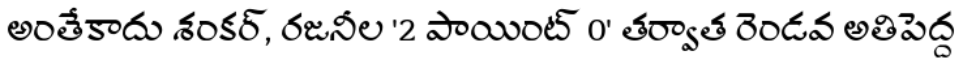
అంతేకాదు శంకర్, రజనీల '2 పాయింట్ 0' తర్వాత రెండవ అతిపెద్ద